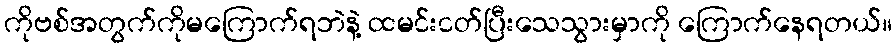
ကိုဗစ်အတွက်ကိုမကြောက်ရဘဲနဲ့ ထမင်းငတ်ပြီးသေသွားမှာကို ကြောက်နေရတယ်။